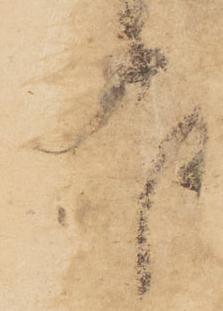
報